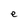
Character: e